Vaccine operations Central Provinces 1886-1899 - 1886-1899
Year: 1886
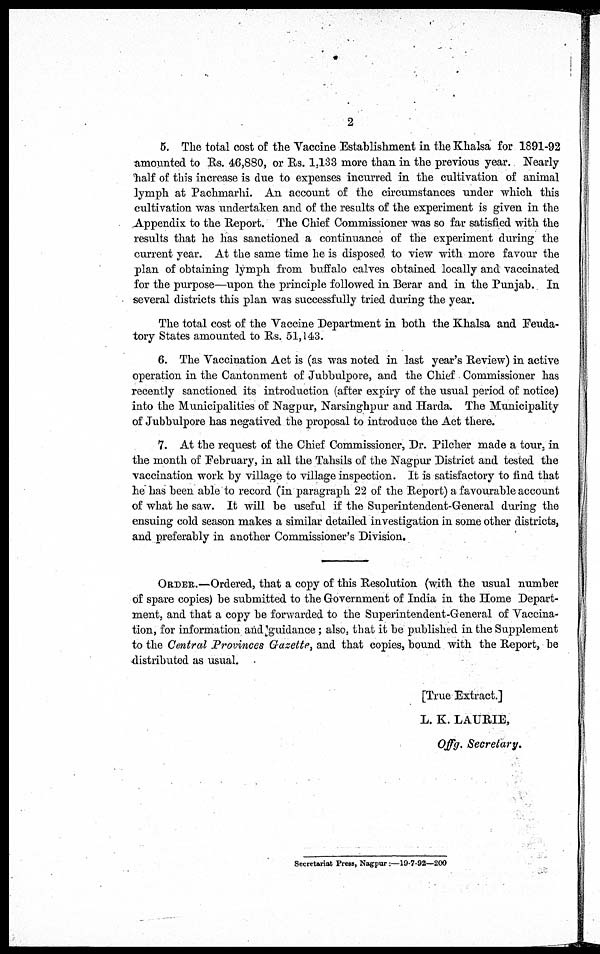
2
5. The total cost of the Vaccine Establishment in the Khalsa for 1891-92
amounted to Rs. 46,880, or Rs. 1,133 more than in the previous year. Nearly
half of this increase is due to expenses incurred in the cultivation of animal
lymph at Pachmarhi. An account of the circumstances under which this
cultivation was undertaken and of the results of the experiment is given in the
Appendix to the Report. The Chief Commissioner was so far satisfied with the
results that he has sanctioned a continuance of the experiment during the
current year. At the same time he is disposed to view with more favour the
plan of obtaining lymph from buffalo calves obtained locally and vaccinated
for the purpose—upon the principle followed in Berar and in the Punjab. In
several districts this plan was successfully tried during the year.
The total cost of the Vaccine Department in both the Khalsa and Feuda-
tory States amounted to Rs. 51,143.
6. The Vaccination Act is (as was noted in last year's Review) in active
operation in the Cantonment of Jubbulpore, and the Chief Commissioner has
recently sanctioned its introduction (after expiry of the usual period of notice)
into the Municipalities of Nagpur, Narsinghpur and Harda. The Municipality
of Jubbulpore has negatived the proposal to introduce the Act there.
7. At the request of the Chief Commissioner, Dr. Pilcher made a tour, in
the month of February, in all the Tahsils of the Nagpur District and tested the
vaccination work by village to village inspection. It is satisfactory to find that
he has been able to record (in paragraph 22 of the Report) a favourable account
of what he saw. It will be useful if the Superintendent-General during the
ensuing cold season makes a similar detailed investigation in some other districts,
and preferably in another Commissioner's Division.
ORDER.—Ordered, that a copy of this Resolution (with the usual number
of spare copies) be submitted to the Government of India in the Home Depart-
ment, and that a copy be forwarded to the Superintendent-General of Vaccina-
tion, for information and guidance ; also, that it be published in the Supplement
to the Central Provinces Gazette, and that copies, bound with the Report, be
distributed as usual.
[True Extract.]
L. K. LAURIE,
Offg. Secretary.
Secretariat Press, Nagpur:—19-7-92—200